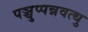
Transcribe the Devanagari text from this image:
पञ्चुप्पन्नवत्थु